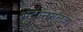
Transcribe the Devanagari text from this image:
भूदानमूलक